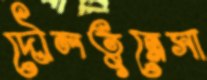
দৌলতুন্নেসা